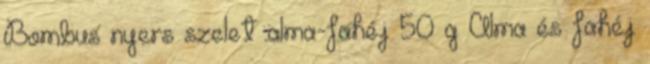
Bombus nyers szelet alma-fahéj 50 g Alma és fahéj